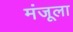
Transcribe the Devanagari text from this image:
मंजूला